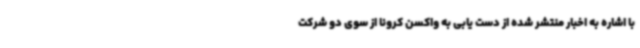
با اشاره به اخبار منتشر شده از دست یابی به واکسن کرونا از سوی دو شرکت